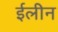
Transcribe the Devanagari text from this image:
ईलीन